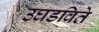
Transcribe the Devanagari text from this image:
उघडविते